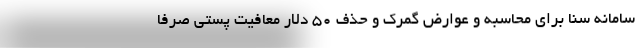
سامانه سنا برای محاسبه و عوارض گمرک و حذف ۵۰ دلار معافیت پستی صرفا